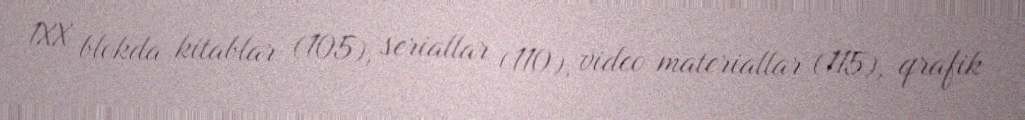
1XX blokda kitablar (105), seriallar (110), video materiallar (115), qrafik